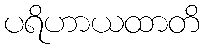
ပရိဟာယထာတိ